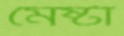
মেষ্টা